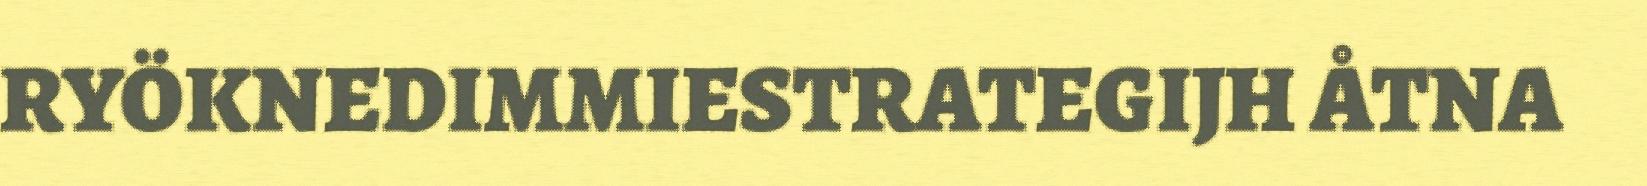
RYÖKNEDIMMIESTRATEGIJH ÅTNA